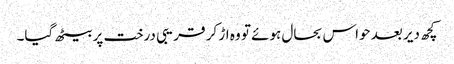
کچھ دیر بعد حواس بحال ہوئے تو وہ اڑ کر قریبی درخت پر بیٹھ گیا۔